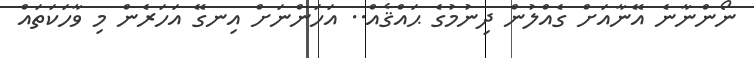
ނޯންނާނެ އޭނާއަށް ގެއްލުން ދިނުމުގެ ޙައްޤެއް.. އަހަންނަށް އިނގޭ އަހަރެން މި ވާހަކަތައް